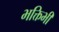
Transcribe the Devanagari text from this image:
भक्तिभी